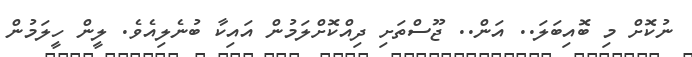
ނުކޮށް މި ބޮއިބަލަ.. އަން.. ޖޫސްތަށި ދިއްކޮށްލަމުން އައިކާ ބުނެލިއެވެ. ލީން ހީލަމުން